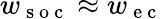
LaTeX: w_{\mathrm{~s~o~c~}}\approx w_{\mathrm{~e~c~}}